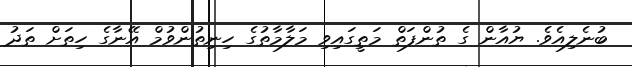
ބުނެލިއެވެ. ޔުއާން ގެ ތުންފަތް މަތީގައިވި މަލާމާތުގެ ހިނިތުންވުމް އޭނާގެ ހިތަށް ތަދު